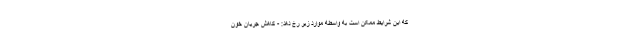
که این شرایط ممکن است به واسطه موارد زیر رخ دهد: - کاهش جریان خون